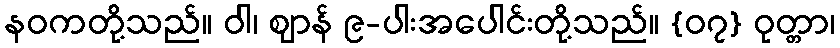
နဝကတို့သည်။ ဝါ၊ ဈာန် ၉-ပါးအပေါင်းတို့သည်။ {၀၇} ဝုတ္တာ၊